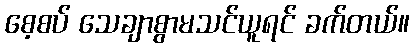
စေ့စပ် သေချာစွာမသင်ယူရင် ခက်တယ်။